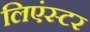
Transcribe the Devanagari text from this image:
लिएंस्टर